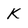
Character: K